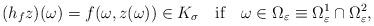
LaTeX: \begin{align*}(h_fz)(\omega)=f(\omega, z(\omega))\in K_\sigma \ \ \ \mbox{if} \ \ \ \omega\in \Omega_\varepsilon\equiv \Omega^1_\varepsilon\cap\Omega^2_\varepsilon,\end{align*}